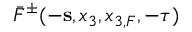
\bar { F } ^ { \pm } ( - { \bf s } , x _ { 3 } , x _ { 3 , F } , - \tau )